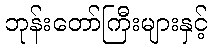
ဘုန်းတော်ကြီးများနှင့်